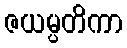
ဇယမ္ပတိကာ